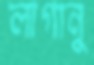
লাগানু